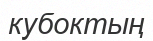
кубоктың